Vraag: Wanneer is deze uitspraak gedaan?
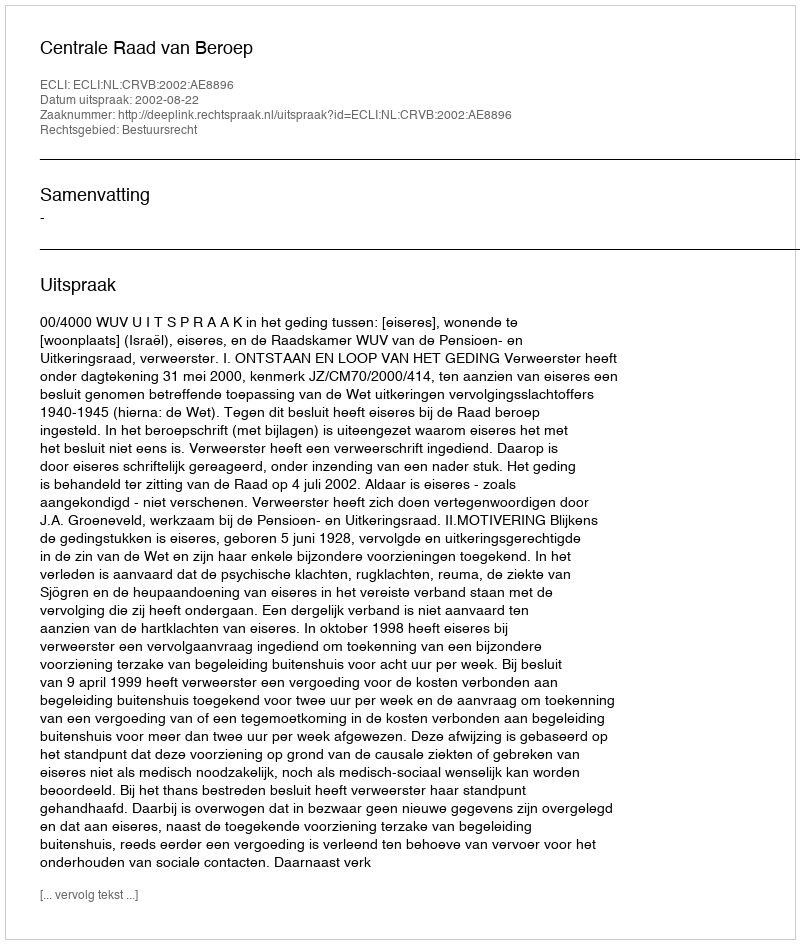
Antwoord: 2002-08-22